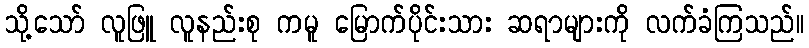
သို့သော် လူဖြူ လူနည်းစု ကမူ မြောက်ပိုင်းသား ဆရာများကို လက်ခံကြသည်။